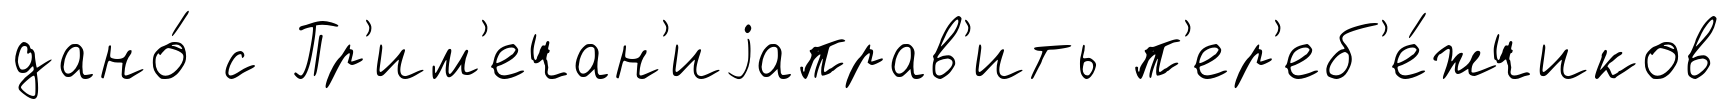
дано́ с Пр'им'ечан'иjаправ'ить п'ер'еб'е́жчиков